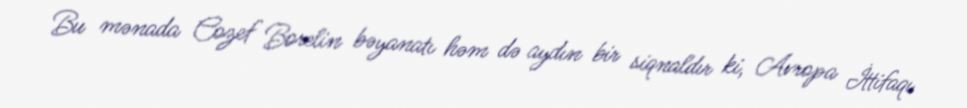
Bu mənada Cozef Borelin bəyanatı həm də aydın bir siqnaldır ki, Avropa İttifaqı